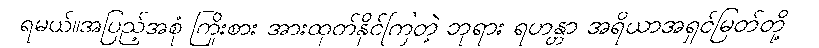
ရမယ်။အပြည့်အစုံ ကြိုးစား အားထုတ်နိုင်ကြတဲ့ ဘုရား ရဟန္တာ အရိယာအရှင်မြတ်တို့